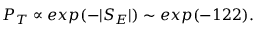
P _ { T } \propto e x p ( - \vert S _ { E } \vert ) \sim e x p ( - 1 2 2 ) .